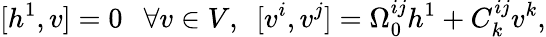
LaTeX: [h^{1},v]=0\ \ \ \forall v\in V,\ \ [v^{i},v^{j}]=\Omega_{0}^{ij}h^{1}+C_{k}^{ij}v^{k},